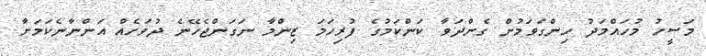
މަސީހު މުހައްމަދު ހިންގަވަމުން ގެންދަވާ ކަންކަމުގެ ފުރިހަމަ ޒިންމާ ނަގަންޖެހޭނެ ދުވަހެއް އަންނާނެކަމަށާ